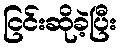
ငြင်းဆိုခဲ့ပြီး